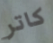
كاتر